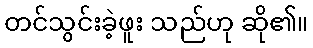
တင်သွင်းခဲ့ဖူး သည်ဟု ဆို၏။